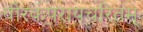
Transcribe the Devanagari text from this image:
वीरकंपरायचरितम्